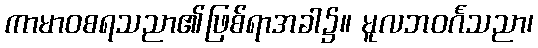
ကာမာဝစရသညာ၏ဖြစ်ရာအခါ၌။ မူလဘဝင်္ဂသညာ၊